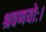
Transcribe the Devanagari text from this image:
श्रवणयोः।